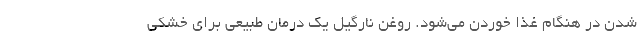
شدن در هنگام غذا خوردن می­شود. روغن نارگیل یک درمان طبیعی برای خشکی